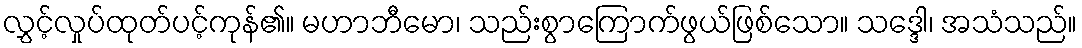
လွှင့်လှုပ်ထုတ်ပင့်ကုန်၏။ မဟာဘီမော၊ သည်းစွာကြောက်ဖွယ်ဖြစ်သော။ သဒ္ဒေါ၊ အသံသည်။